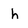
Character: h